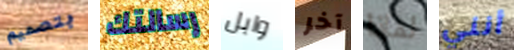
بتصميم رسالتك وابل آخر لماذا أنني